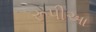
રૂપીઆ